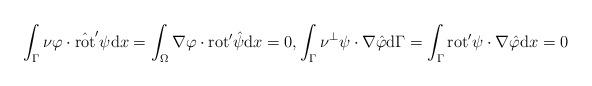
LaTeX: \begin{align*}\int_{\Gamma} \nu \varphi \cdot \hat{\mathrm{rot}}' \psi \mathrm{d} x= \int_{\Omega} \nabla \varphi \cdot \mathrm{rot}' \hat{\psi} \mathrm{d} x = 0, \int_{\Gamma} \nu^{\perp} \psi \cdot \nabla \hat{\varphi} \mathrm{d} \Gamma =\int_{\Gamma} \mathrm{rot}' \psi \cdot \nabla \hat{\varphi} \mathrm{d}x = 0 \end{align*}